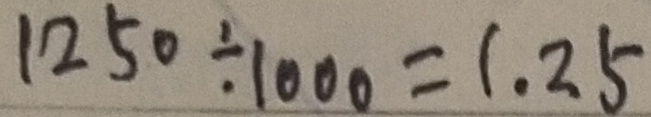
1 2 5 0 \div 1 0 0 0 = 1 . 2 5